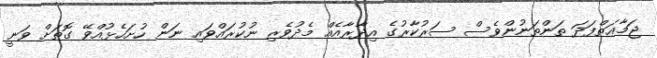
ޖަމާޢަތްފަދަ ތަންތަނުންވެސް ސަރުކާރުގެ އިދާރާއެއް މެދުވެރި ނުކުރައްވައި ނަން ހުށަހެޅުއްވޭ ގޮތަށް ވަނީ